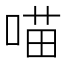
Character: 喵